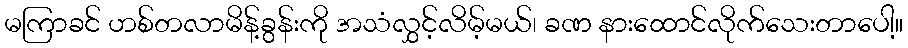
မကြာခင် ဟစ်တလာမိန့်ခွန်းကို အသံလွှင့်လိမ့်မယ်၊ ခဏ နားထောင်လိုက်သေးတာပေါ့။